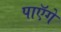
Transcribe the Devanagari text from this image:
पाएॅगे